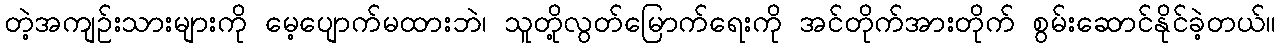
တဲ့အကျဉ်းသားများကို မေ့ပျောက်မထားဘဲ၊ သူတို့လွတ်မြောက်ရေးကို အင်တိုက်အားတိုက် စွမ်းဆောင်နိုင်ခဲ့တယ်။